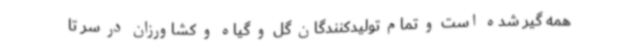
همه گیر شده است و تمام تولیدکنندگان گل و گیاه و کشاورزان در سر تا